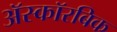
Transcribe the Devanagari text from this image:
अॅस्कॉरबिक